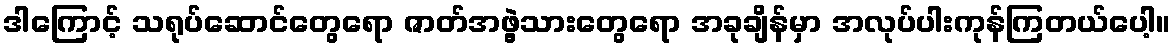
ဒါကြောင့် သရုပ်ဆောင်တွေရော ဇာတ်အဖွဲ့သားတွေရော အခုချိန်မှာ အလုပ်ပါးကုန်ကြတယ်ပေါ့။